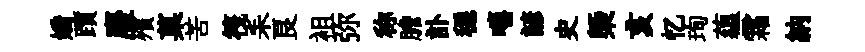
嬌躓麈殯菓苦筏耒良袓弥称膽訃穩嘻諺史槩亥忆珣蘊霜納